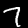
Digit: 7